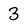
Character: 3